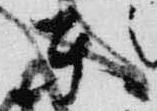
東